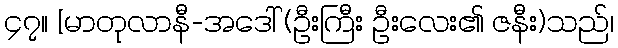
၄၇။ [မာတုလာနီ-အဒေါ် (ဦးကြီး ဦးလေး၏ ဇနီး)သည်၊